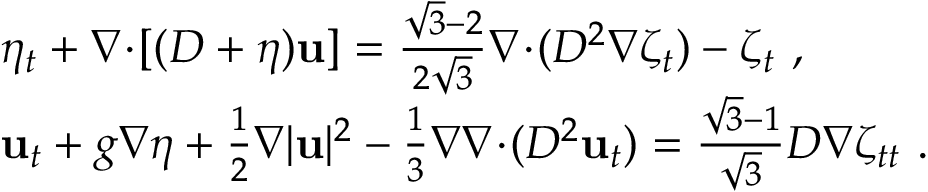
\begin{array} { r l } & { \eta _ { t } + \nabla \! \cdot \! [ ( D + \eta ) \mathbf { u } ] = \frac { \sqrt { 3 } - 2 } { 2 \sqrt { 3 } } \nabla \! \cdot \! ( D ^ { 2 } \nabla \zeta _ { t } ) - \zeta _ { t } \ , } \\ & { \mathbf { u } _ { t } + g \nabla \eta + \frac { 1 } { 2 } \nabla | \mathbf { u } | ^ { 2 } - \frac { 1 } { 3 } \nabla \nabla \! \cdot \! ( D ^ { 2 } \mathbf { u } _ { t } ) = \frac { \sqrt { 3 } - 1 } { \sqrt { 3 } } D \nabla \zeta _ { t t } \ . } \end{array}